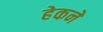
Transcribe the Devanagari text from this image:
हेकने